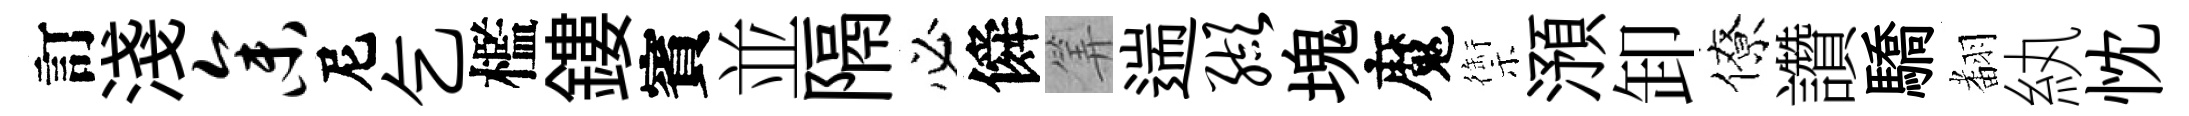
訂淺参尼乞檻鏤賓並隔必僢筭遄缬塊魔禦澦卸僚讚驕𮋒紈忱